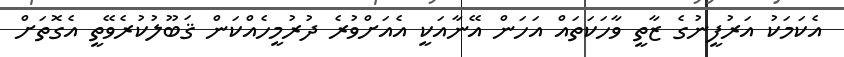
އެކަމަކު އަރުފީނުގެ ޒާތީ ވާހަކަތައް އަހަން އޭނާއަކީ އެއަށްވުރެ ދުރުމީހެއްކަން ޤަބޫލުކުރެވޭތީ އެގޮތަށް